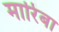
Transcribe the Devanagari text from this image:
मारिंबा